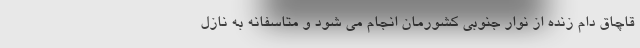
قاچاق دام زنده از نوار جنوبی کشورمان انجام می شود و متاسفانه به نازل